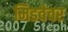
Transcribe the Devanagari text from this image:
मिडवेवर